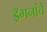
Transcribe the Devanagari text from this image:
ड्रॅगनांचे